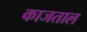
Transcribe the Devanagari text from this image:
काजताल